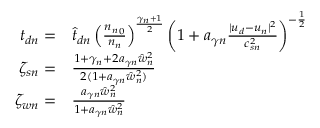
\begin{array} { r l } { { t _ { d n } } = } & { { } \hat { t } _ { d n } \left( \frac { { n _ { n } } _ { 0 } } { { n _ { n } } } \right) ^ { \frac { \gamma _ { n } + 1 } { 2 } } \left( 1 + a _ { \gamma n } \frac { | { u _ { d } } - { u _ { n } } | ^ { 2 } } { c _ { s n } ^ { 2 } } \right) ^ { - \frac 1 2 } } \\ { \zeta _ { s n } = } & { { } \frac { 1 + \gamma _ { n } + 2 a _ { \gamma n } \hat { w } _ { n } ^ { 2 } } { 2 ( 1 + a _ { \gamma n } \hat { w } _ { n } ^ { 2 } ) } } \\ { \zeta _ { w n } = } & { { } \frac { a _ { \gamma n } \hat { w } _ { n } ^ { 2 } } { 1 + a _ { \gamma n } \hat { w } _ { n } ^ { 2 } } } \end{array}